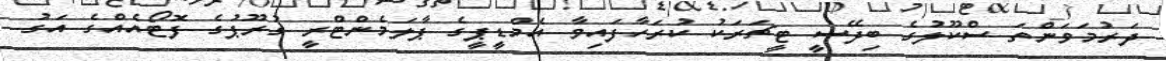
ދަރުމަވަންތަ ސްކޫލުގެ ބިދޭސީ ޓީޗަރަކު ކުރަހާފައިވާ އެމްޑީޕީގެ ޕާލަމެންޓްރީ ގުރޫޕުގެ ފޮޓޯއެއްގެ އަގު